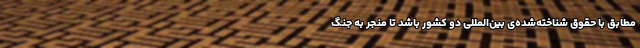
مطابق با حقوق شناخته‌شده‌ی بین‌المللی دو کشور باشد تا منجر به جنگ